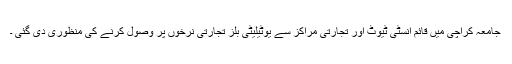
جامعہ کراچی میں قائم انسٹی ٹیوٹ اور تجارتی مراکز سے یوٹیلیٹی بلز تجارتی نرخوں پر وصول کرنے کی منظوری دی گئی ۔